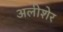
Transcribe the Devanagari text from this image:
अलीशेर